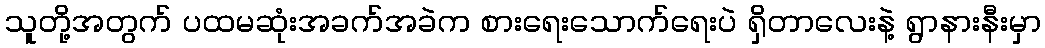
သူတို့အတွက် ပထမဆုံးအခက်အခဲက စားရေးသောက်ရေးပဲ ရှိတာလေးနဲ့ ရွာနားနီးမှာ